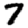
Digit: 7